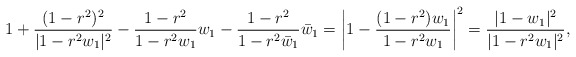
\begin{align*} 1+\frac{(1-r^2)^2}{|1-r^2w_1|^{2}}-\frac{1-r^2}{1-r^2w_1} w_1 -\frac{1-r^2}{1-r^2 \bar w_1} \bar w_1 =\left|1-\frac{(1-r^2) w_1}{1-r^2w_1}\right|^2 =\frac{|1-w_1|^2}{|1-r^2w_1|^{2}},\end{align*}